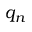
q _ { n }